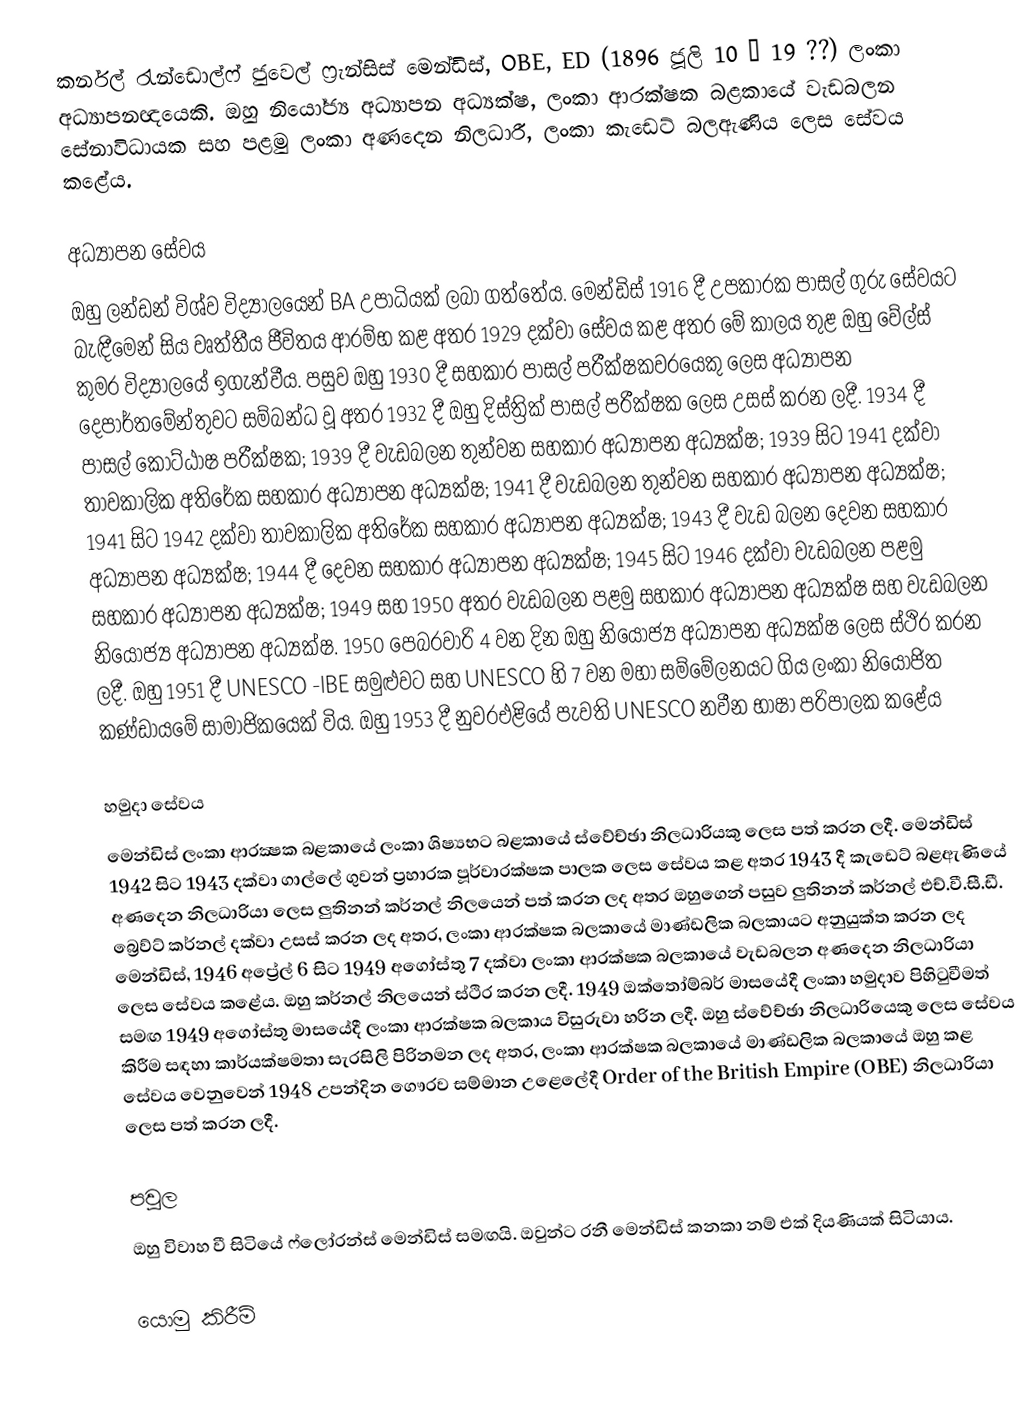
කර්නල් රැන්ඩොල්ෆ් ජුවෙල් ෆ්‍රැන්සිස් මෙන්ඩිස්, OBE, ED (1896 ජූලි 10 – 19 ??) ලංකා අධ්‍යාපනඥයෙකි. ඔහු නියෝජ්‍ය අධ්‍යාපන අධ්‍යක්ෂ, ලංකා ආරක්ෂක බළකායේ වැඩබලන සේනාවිධායක සහ පළමු ලංකා අණදෙන නිලධාරී, ලංකා කැඩෙට් බලඇණිය ලෙස සේවය කළේය.

අධ්‍යාපන සේවය
ඔහු ලන්ඩන් විශ්ව විද්‍යාලයෙන් BA උපාධියක් ලබා ගත්තේය. මෙන්ඩිස් 1916 දී උපකාරක පාසල් ගුරු සේවයට බැඳීමෙන් සිය වෘත්තීය ජීවිතය ආරම්භ කළ අතර 1929 දක්වා සේවය කළ අතර මේ කාලය තුළ ඔහු වේල්ස් කුමර විද්‍යාලයේ ඉගැන්වීය. පසුව ඔහු 1930 දී සහකාර පාසල් පරීක්ෂකවරයෙකු ලෙස අධ්‍යාපන දෙපාර්තමේන්තුවට සම්බන්ධ වූ අතර 1932 දී ඔහු දිස්ත්‍රික් පාසල් පරීක්ෂක ලෙස උසස් කරන ලදී. 1934 දී පාසල් කොට්ඨාෂ පරීක්ෂක; 1939 දී වැඩබලන තුන්වන සහකාර අධ්‍යාපන අධ්‍යක්ෂ; 1939 සිට 1941 දක්වා තාවකාලික අතිරේක සහකාර අධ්‍යාපන අධ්‍යක්ෂ; 1941 දී වැඩබලන තුන්වන සහකාර අධ්‍යාපන අධ්‍යක්ෂ; 1941 සිට 1942 දක්වා තාවකාලික අතිරේක සහකාර අධ්‍යාපන අධ්‍යක්ෂ; 1943 දී වැඩ බලන දෙවන සහකාර අධ්‍යාපන අධ්‍යක්ෂ; 1944 දී දෙවන සහකාර අධ්‍යාපන අධ්‍යක්ෂ; 1945 සිට 1946 දක්වා වැඩබලන පළමු සහකාර අධ්‍යාපන අධ්‍යක්ෂ; 1949 සහ 1950 අතර වැඩබලන පළමු සහකාර අධ්‍යාපන අධ්‍යක්ෂ සහ වැඩබලන නියෝජ්‍ය අධ්‍යාපන අධ්‍යක්ෂ. 1950 පෙබරවාරි 4 වන දින ඔහු නියෝජ්‍ය අධ්‍යාපන අධ්‍යක්ෂ ලෙස ස්ථිර කරන ලදී. ඔහු 1951 දී UNESCO -IBE සමුළුවට සහ UNESCO හි 7 වන මහා සම්මේලනයට ගිය ලංකා නියෝජිත කණ්ඩායමේ සාමාජිකයෙක් විය. ඔහු 1953 දී නුවරඑළියේ පැවති UNESCO නවීන භාෂා   පරිපාලක කළේය

හමුදා සේවය
මෙන්ඩිස් ලංකා ආරක්‍ෂක බළකායේ ලංකා ශිෂ්‍යභට බළකායේ ස්වේච්ඡා නිලධාරියකු ලෙස පත් කරන ලදී. මෙන්ඩිස් 1942 සිට 1943 දක්වා ගාල්ලේ ගුවන් ප්‍රහාරක පූර්වාරක්ෂක පාලක ලෙස සේවය කළ අතර 1943 දී කැඩෙට් බළඇණියේ අණදෙන නිලධාරියා ලෙස ලුතිනන් කර්නල් නිලයෙන් පත් කරන ලද අතර ඔහුගෙන් පසුව ලුතිනන් කර්නල් එච්.වී.සී.ඩී. බ්‍රෙව්ට් කර්නල් දක්වා උසස් කරන ලද අතර, ලංකා ආරක්ෂක බලකායේ මාණ්ඩලික බලකායට අනුයුක්ත කරන ලද මෙන්ඩිස්, 1946 අප්‍රේල් 6 සිට 1949 අගෝස්තු 7 දක්වා ලංකා ආරක්ෂක බලකායේ වැඩබලන අණදෙන නිලධාරියා ලෙස සේවය කළේය. ඔහු කර්නල් නිලයෙන් ස්ථිර කරන ලදී. 1949 ඔක්තෝම්බර් මාසයේදී ලංකා හමුදාව පිහිටුවීමත් සමඟ 1949 අගෝස්තු මාසයේදී ලංකා ආරක්ෂක බලකාය විසුරුවා හරින ලදී. ඔහු ස්වේච්ඡා නිලධාරියෙකු ලෙස සේවය කිරීම සඳහා කාර්යක්ෂමතා සැරසිලි පිරිනමන ලද අතර, ලංකා ආරක්ෂක බලකායේ මාණ්ඩලික බලකායේ ඔහු කළ සේවය වෙනුවෙන් 1948 උපන්දින ගෞරව සම්මාන උළෙලේදී Order of the British Empire (OBE) නිලධාරියා ලෙස පත් කරන ලදී.

පවුල
ඔහු විවාහ වී සිටියේ ෆ්ලෝරන්ස් මෙන්ඩිස් සමඟයි. ඔවුන්ට රනී මෙන්ඩිස් කනකා නම් එක් දියණියක් සිටියාය.

යොමු කිරීම්